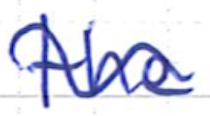
Text: the
Cross-out: wave
Writing tool: ballpoint